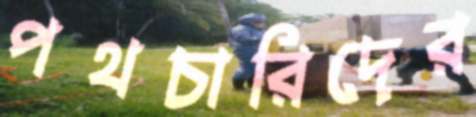
পথচারিদের